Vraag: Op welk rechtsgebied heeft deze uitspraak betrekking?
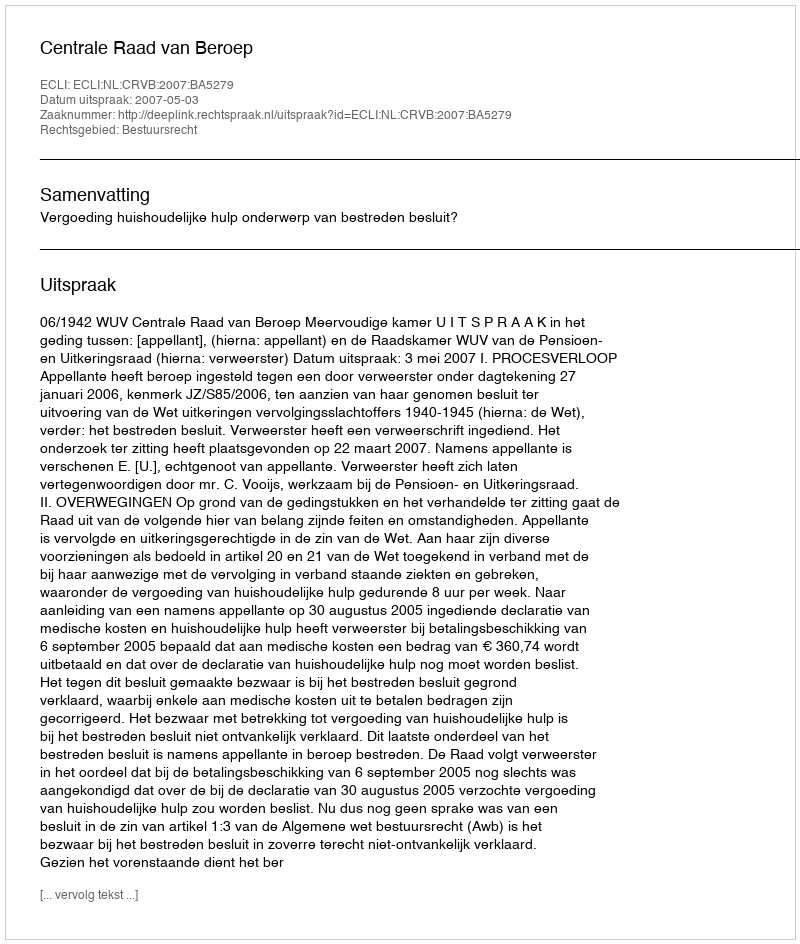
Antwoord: Bestuursrecht